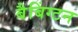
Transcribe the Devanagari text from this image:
बैबिंग्टन